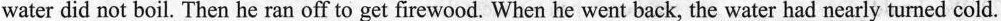
firewood in the stove and burned up, but because the pot was too large, when the wood burned out, the